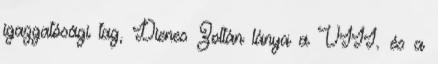
igazgatósági tag, Dienes Zoltán lánya a VIII. és a